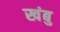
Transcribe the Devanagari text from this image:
खंबु